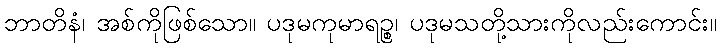
ဘာတိနံ၊ အစ်ကိုဖြစ်သော။ ပဒုမကုမာရဉ္စ၊ ပဒုမသတို့သားကိုလည်းကောင်း။